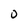
Character: 0